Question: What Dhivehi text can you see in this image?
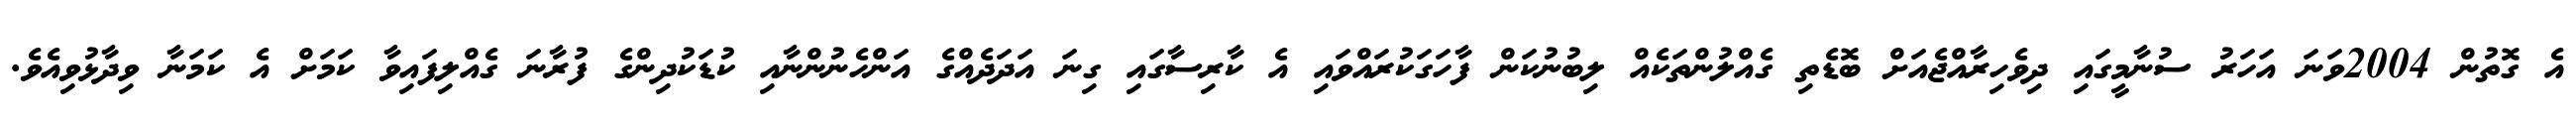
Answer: އެ ގޮތުން 2004ވަނަ އަހަރު ސުނާމީގައި ދިވެހިރާއްޖެއަށް ބޮޑެތި ގެއްލުންތަކެއް ލިބުނުކަން ފާހަގަކުރައްވައި އެ ކާރިސާގައި ގިނަ އަދަދެއްގެ އަންހެނުންނާއި ކުޑަކުދިންގެ ފުރާނަ ގެއްލިފައިވާ ކަމަށް އެ ކަމަނާ ވިދާޅުވިއެވެ.